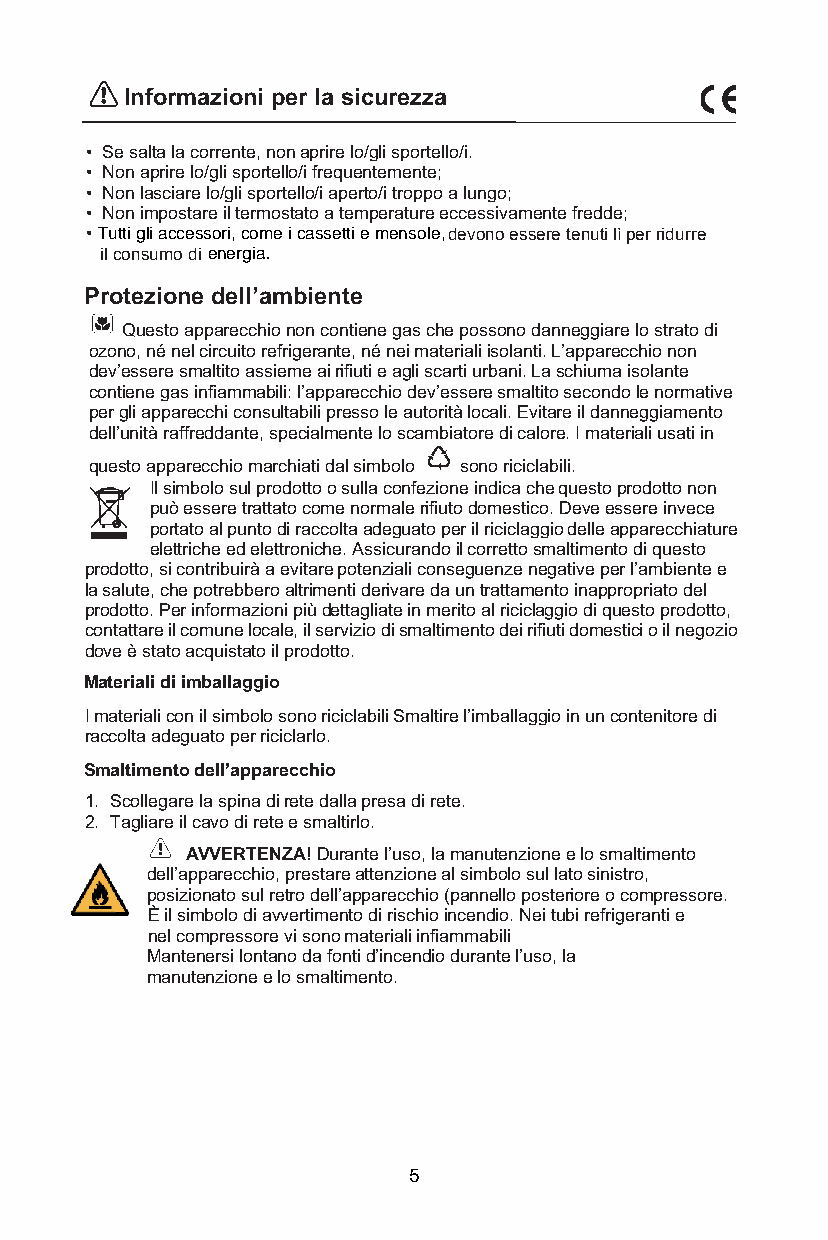
Informazioni per la sicurezza
 • Se salta la corrente, non aprire lo/gli sportello/i.
 • Non aprire lo/gli sportello/i frequentemente;
 • Non lasciare lo/gli sportello/i aperto/i troppo a lungo;
 • Non impostare il termostato a temperature eccessivamente fredde;
 • Tutti gli accessori, come i cassetti e mensole, devono essere tenuti lì per ridurre
 il consumo di energia.
 Protezione dell’ambiente
 Questo apparecchio non contiene gas che possono danneggiare lo strato di
 ozono, né nel circuito refrigerante, né nei materiali isolanti. L’apparecchio non
 dev’essere smaltito assieme ai rifiuti e agli scarti urbani. La schiuma isolante
 contiene gas infiammabili: l’apparecchio dev’essere smaltito secondo le normative
 per gli apparecchi consultabili presso le autorità locali. Evitare il danneggiamento
 dell’unità raffreddante, specialmente lo scambiatore di calore. I materiali usati in
 questo apparecchio marchiati dal simbolo sono riciclabili.
 Il simbolo sul prodotto o sulla confezione indica che questo prodotto non
 può essere trattato come normale rifiuto domestico. Deve essere invece
 portato al punto di raccolta adeguato per il riciclaggio delle apparecchiature
 elettriche ed elettroniche. Assicurando il corretto smaltimento di questo
 prodotto, si contribuirà a evitare potenziali conseguenze negative per l’ambiente e
 la salute, che potrebbero altrimenti derivare da un trattamento inappropriato del
 prodotto. Per informazioni più dettagliate in merito al riciclaggio di questo prodotto,
 contattare il comune locale, il servizio di smaltimento dei rifiuti domestici o il negozio
 dove è stato acquistato il prodotto.
 Materiali di imballaggio
 I materiali con il simbolo sono riciclabili Smaltire l’imballaggio in un contenitore di
 raccolta adeguato per riciclarlo.
 Smaltimento dell’apparecchio
 1. Scollegare la spina di rete dalla presa di rete.
 2. Tagliare il cavo di rete e smaltirlo.
 AVVERTENZA! Durante l’uso, la manutenzione e lo smaltimento
 dell’apparecchio, prestare attenzione al simbolo sul lato sinistro,
 posizionato sul retro dell’apparecchio (pannello posteriore o compressore.
 È il simbolo di avvertimento di rischio incendio. Nei tubi refrigeranti e
 nel compressore vi sono materiali infiammabili
 Mantenersi lontano da fonti d’incendio durante l’uso, la
 manutenzione e lo smaltimento.
 5